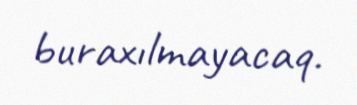
buraxılmayacaq.